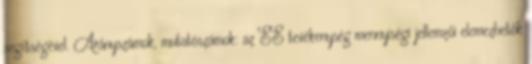
segítségével. Arányszámok, mutatószámok: az EE tevékenység mennyiségi jellemzői elemezhetők